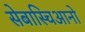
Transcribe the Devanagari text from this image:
सेबास्चिआनो